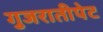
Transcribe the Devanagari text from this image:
गुजरातीपेट